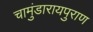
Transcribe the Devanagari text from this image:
चामुंडारायपुराण